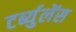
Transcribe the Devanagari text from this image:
टर्ब्युलेंस